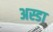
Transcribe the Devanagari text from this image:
अस्डा